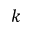
k